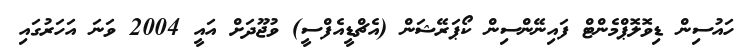
ހައުސިން ޑިވޮލޮޕްމެންޓް ފައިނޭންސިން ކޯޕަރޭޝަން (އެޗްޑީއެފްސީ) ވުޖޫދަށް އައީ 2004 ވަނަ އަހަރުގައި